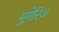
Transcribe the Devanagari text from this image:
मुगेरिज